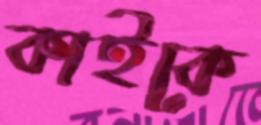
কাইকে